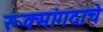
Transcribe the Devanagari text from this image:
रूक्मांगदाचे